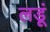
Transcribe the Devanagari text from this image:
लडूं